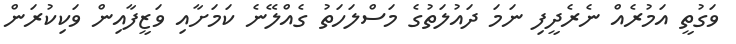
ވަގުތީ އަމުރެއް ނެރެދީފި ނަމަ ދައުލަތުގެ މަސްލަހަތު ގެއްލޭނެ ކަމަށާއި ވަޒީފާއިން ވަކިކުރަން